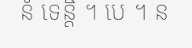
នំ ទេន្តិ ។ បេ ។ ន